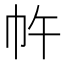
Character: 𭘔